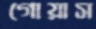
গোয়াস